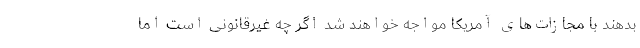
بدهند با مجازات‌های آمریکا مواجه خواهند شد اگر چه غیرقانونی است اما